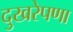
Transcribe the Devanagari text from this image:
दुखरेपणा